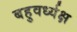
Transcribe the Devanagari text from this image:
बहुवर्ध्यक्ष